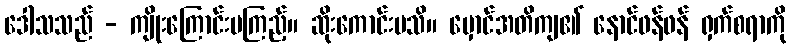
ဒေါသသည် - ကျိုးကြောင်းမကြည့်။ ဆိုးကောင်းမသိ။ မှောင်အတိကျ၏ နောင်ဖန်ဖန် ရှက်စရာကို